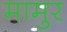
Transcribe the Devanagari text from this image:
मामुर